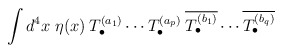
\begin{align*}\int d^4x \; \eta(x) \:T^{(a_1)}_\bullet \cdots T^{(a_p)}_\bullet \:\overline{T^{(b_1)}_\bullet} \cdots \overline{T^{(b_q)}_\bullet} \end{align*}